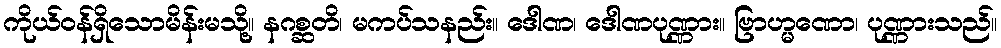
ကိုယ်ဝန်ရှိသောမိန်းမသို့။ နဂစ္ဆတိ၊ မကပ်သနည်း။ ဒေါဏ၊ ဒေါဏပုဏ္ဏား။ ဗြာဟ္မဏော၊ ပုဏ္ဏားသည်။